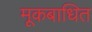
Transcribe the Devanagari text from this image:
मूकबाधित